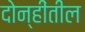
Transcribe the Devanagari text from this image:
दोन्हींतील